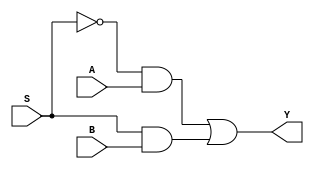
`timescale 1ns / 1ps
`default_nettype none


module two_one_mux(Y, A, B, S);

    //output variables
    output wire Y;
    //input variables
    input wire A, B, S;
    
    // internal nets
    wire notS;
    wire andA;
    wire andB;
    
    not not0(notS, S); //creates S'
    and and0(andA, notS, A); //creates AS'
    and and1(andB, S, B); //creates BS
    or  or0(Y, andA, andB); // AS' + BS
    
endmodule //end